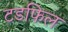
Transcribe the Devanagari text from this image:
टडफिल